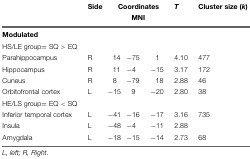
<table><thead><tr><td></td><td><b>Side</b></td><td colspan="3"><b>Coordinates</b></td><td><b><i>T</i></b></td><td><b>Cluster size (<i>k</i>)</b></td></tr><tr><td></td><td></td><td></td><td><b>MNI</b></td><td></td><td></td><td></td></tr></thead><tbody><tr><td><b>Modulated</b></td><td></td><td></td><td></td><td></td><td></td><td></td></tr><tr><td>HS/LE group= SQ &gt; EQ</td><td></td><td></td><td></td><td></td><td></td><td></td></tr><tr><td>Parahippocampus</td><td>R</td><td>14</td><td>-75</td><td>1</td><td>4.10</td><td>477</td></tr><tr><td>Hippocampus</td><td>R</td><td>11</td><td>-4</td><td>-15</td><td>3.17</td><td>172</td></tr><tr><td>Cuneus</td><td>R</td><td>8</td><td>-79</td><td>18</td><td>2.88</td><td>46</td></tr><tr><td>Orbitofrontal cortex</td><td>L</td><td>-15</td><td>9</td><td>-20</td><td>2.80</td><td>38</td></tr><tr><td>HE/LS group= EQ &lt; SQ</td><td></td><td></td><td></td><td></td><td></td><td></td></tr><tr><td>Inferior temporal cortex</td><td>L</td><td>-41</td><td>-16</td><td>-17</td><td>3.16</td><td>735</td></tr><tr><td>Insula</td><td>L</td><td>-48</td><td>-4</td><td>-11</td><td>2.88</td><td></td></tr><tr><td>Amygdala</td><td>L</td><td>-18</td><td>-15</td><td>-14</td><td>2.73</td><td>68</td></tr></tbody></table>